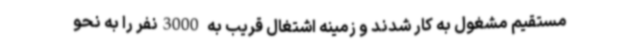
مستقیم مشغول به کار شدند و زمینه اشتغال قریب به 3000نفر را به نحو